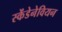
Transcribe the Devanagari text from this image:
स्केंडेनेवियन